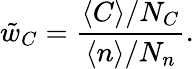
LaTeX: \tilde{w}_{C}=\frac{\langle C\rangle/N_{C}}{\langle n\rangle/N_{n}}.